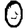
Digit: 0